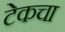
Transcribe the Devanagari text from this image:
टेकचा